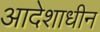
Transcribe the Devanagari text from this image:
आदेशाधीन